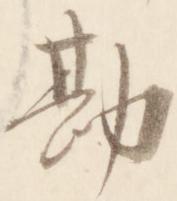
勘